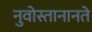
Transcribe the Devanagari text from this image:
नुवोस्तानानते